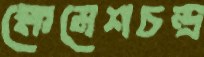
ক্ষেমেশচন্দ্র